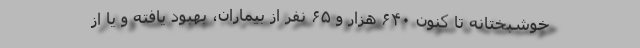
خوشبختانه تا کنون ۶۴۰ هزار و ۶۵ نفر از بیماران، بهبود یافته و یا از